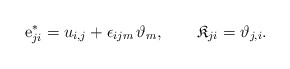
\begin{align*}{\rm e}^*_{ji} = u_{i,j}+ \epsilon_{ijm}\,\vartheta_m, \qquad \mathfrak{K}_{ji} =\vartheta_{j,i}.\end{align*}